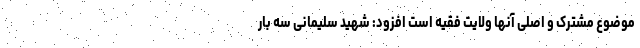
موضوع مشترک و اصلی آنها ولایت فقیه است افزود: شهید سلیمانی سه بار